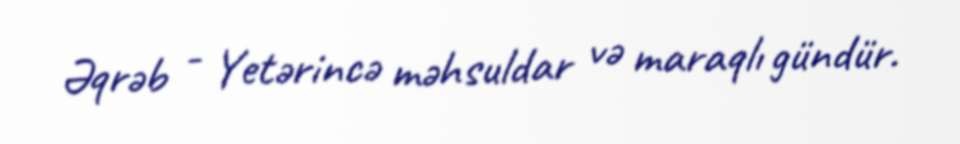
Əqrəb - Yetərincə məhsuldar və maraqlı gündür.